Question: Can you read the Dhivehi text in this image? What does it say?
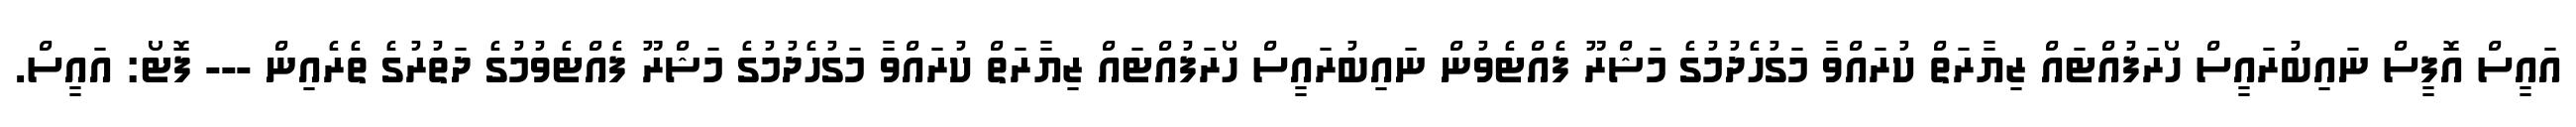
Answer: އައީސް އޮފީސް ނައިބުރައީސް ހޯރަފުއްޓައް ޒިޔާރަތް ކުރައްވާ މަގުހެދުމުގެ މަޝްރޫ ފެއްޓެވުން ނައިބުރައީސް ހޯރަފުއްޓައް ޒިޔާރަތް ކުރައްވާ މަގުހެދުމުގެ މަޝްރޫ ފެއްޓެވުމުގެ ދަތުރުގެ ތެރެއިން --- ފޮޓޯ: އައީސް.